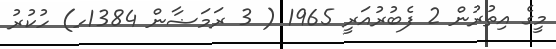
މީގެ އިތުރުން 2 ފެބުރުއަރީ 1965 ( 3 ރަމަޟާން 1384ހ) ހުކުރު